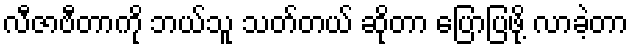
လီဇာဗီတာကို ဘယ်သူ သတ်တယ် ဆိုတာ ပြောပြဖို့ လာခဲ့တာ